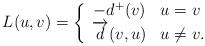
LaTeX: \begin{align*}L(u,v) = \left\{\begin{array}{cl} -d^+(v) & u=v \\ \overrightarrow{d}(v, u) & u\neq v. \end{array} \right.\end{align*}